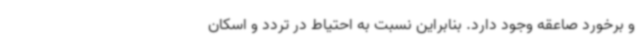
و برخورد صاعقه وجود دارد. بنابراین نسبت به احتیاط در تردد و اسکان